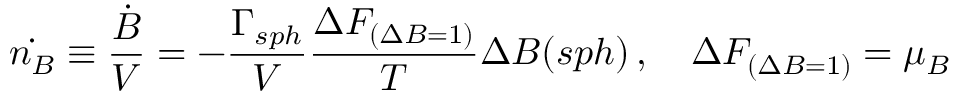
\dot { n _ { B } } \equiv \frac { \dot { B } } { V } = - \frac { \Gamma _ { s p h } } { V } { \frac { \Delta F _ { ( \Delta B = 1 ) } } { T } } \Delta B ( s p h ) \, , \quad \Delta F _ { ( \Delta B = 1 ) } = \mu _ { B }